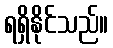
ရရှိနိုင်သည်။